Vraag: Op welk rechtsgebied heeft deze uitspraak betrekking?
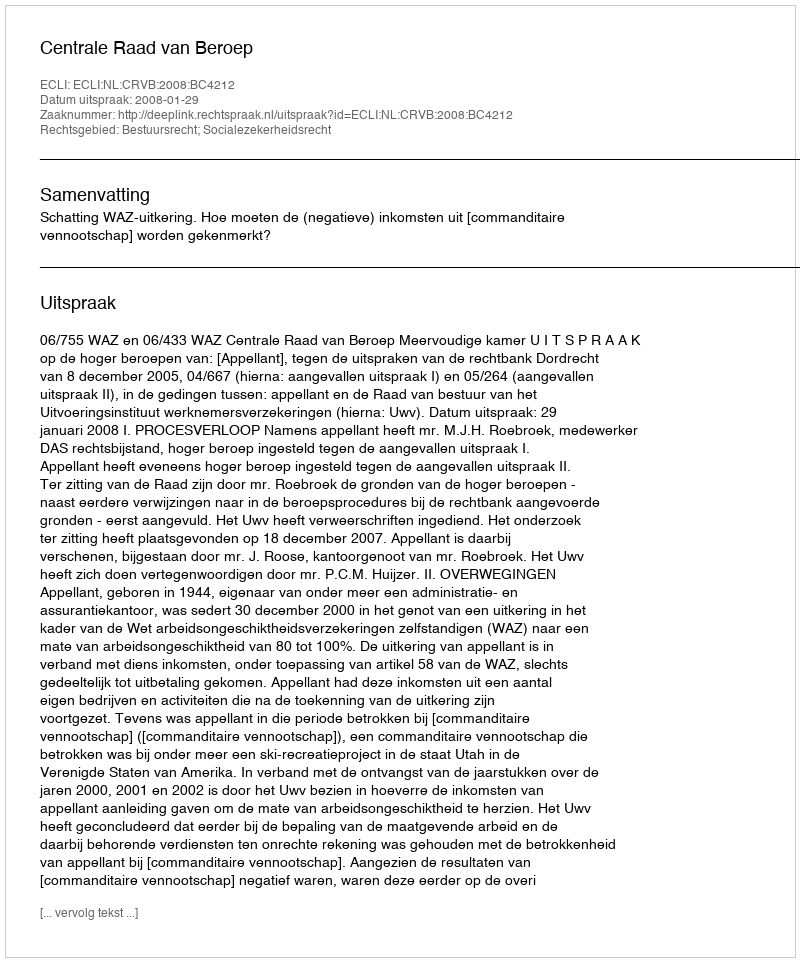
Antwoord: Bestuursrecht; Socialezekerheidsrecht